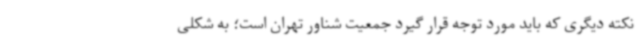
نکته دیگری که باید مورد توجه قرار گیرد جمعیت شناور تهران است؛ به شکلی